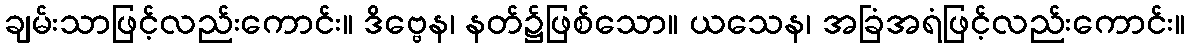
ချမ်းသာဖြင့်လည်းကောင်း။ ဒိဗ္ဗေန၊ နတ်၌ဖြစ်သော။ ယသေန၊ အခြံအရံဖြင့်လည်းကောင်း။